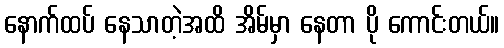
နောက်ထပ် နေသာတဲ့အထိ အိမ်မှာ နေတာ ပို ကောင်းတယ်။